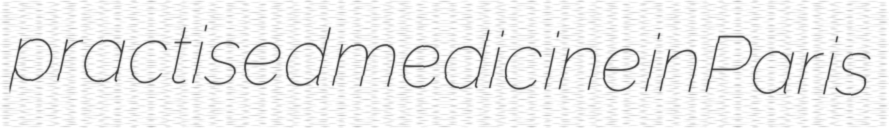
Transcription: practised medicine in Paris